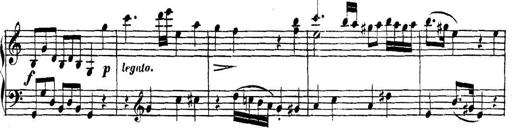
Title: Collected Piano Sonatas
Composer: Muzio Clementi